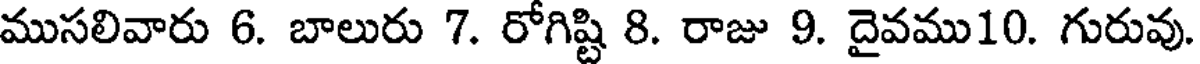
ముసలివారు 6. బాలురు 7. రోగిష్టి 8. రాజు 9. దైవము10. గురువు.